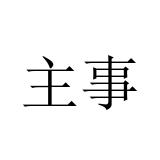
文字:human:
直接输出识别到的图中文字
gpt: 主事